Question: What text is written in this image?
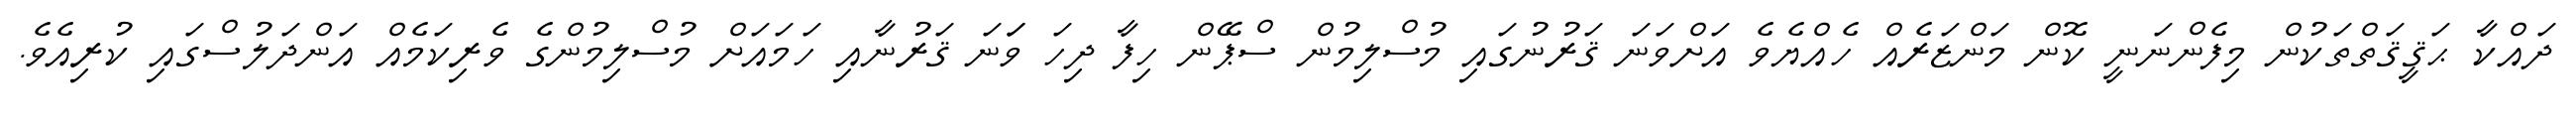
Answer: ދައްކާ ޙަޤީޤަތްތަކުން މިފެންނަނީ ކޮން މަންޒަރެއް ހެއްޔެވެ އަށްވަނަ ޤަރުނުގައި މުސްލިމުން ސްޕޭން ހިފާ ދިހަ ވަަނަ ޤަރުނާއި ހަމައަށް މުސްލިމުންގެ ވެރިކަމެއް އަންދަލުސްގައި ކުރިއެވެ.